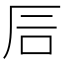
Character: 𥐘